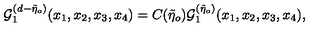
{ \cal { G } } _ { 1 } ^ { ( d - \tilde { \eta } _ { o } ) } ( x _ { 1 } , x _ { 2 } , x _ { 3 } , x _ { 4 } ) = C ( \tilde { \eta } _ { o } ) { \cal { G } } _ { 1 } ^ { ( \tilde { \eta } _ { o } ) } ( x _ { 1 } , x _ { 2 } , x _ { 3 } , x _ { 4 } ) ,